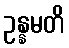
ဥန္နမတိ